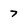
Character: 7